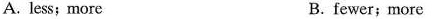
A. less;more B. fewer;more